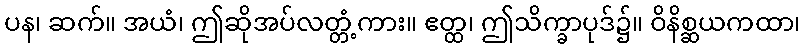
ပန၊ ဆက်။ အယံ၊ ဤဆိုအပ်လတ္တံ့ကား။ ဧတ္ထ၊ ဤသိက္ခာပုဒ်၌။ ဝိနိစ္ဆယကထာ၊